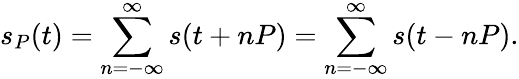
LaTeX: s_{P}(t)=\sum_{n=-\infty}^{\infty}s(t+nP)=\sum_{n=-\infty}^{\infty}s(t-nP).